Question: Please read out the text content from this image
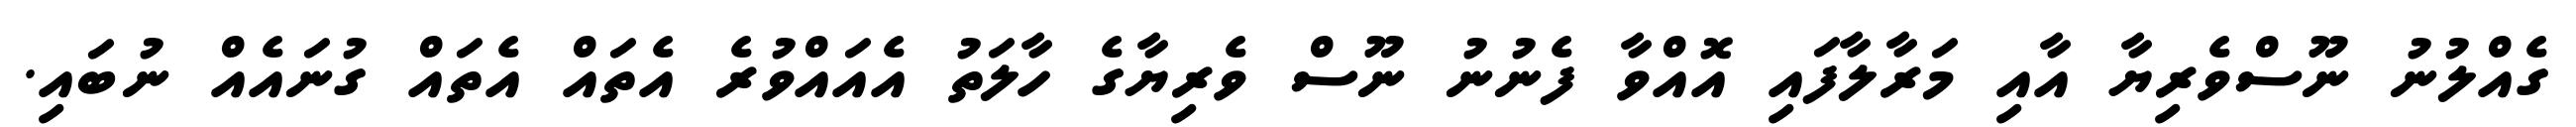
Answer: ގެއްލުނު ނޫސްވެރިޔާ އާއި މަރާލާފައި އޮއްވާ ފެނުނު ނޫސް ވެރިޔާގެ ހާލަތު އެއައްވުރެ އެތައް އެތައް ގުނައެއް ނުބައި.